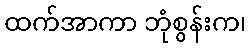
ထက်အာကာ ဘုံစွန်းက၊